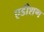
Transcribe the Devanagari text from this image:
एडीशण